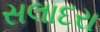
સલાદરા